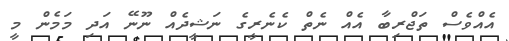
އެއްވެސް ތަޖްރިބާ އެއް ނެތް ކެނެރީގެ ނަޝީދެއް ނޫނޭ އަދި މަމެން މީ